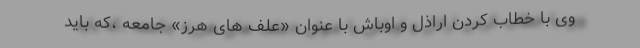
وی با خطاب کردن اراذل و اوباش با عنوان «علف های هرز» جامعه ،که باید